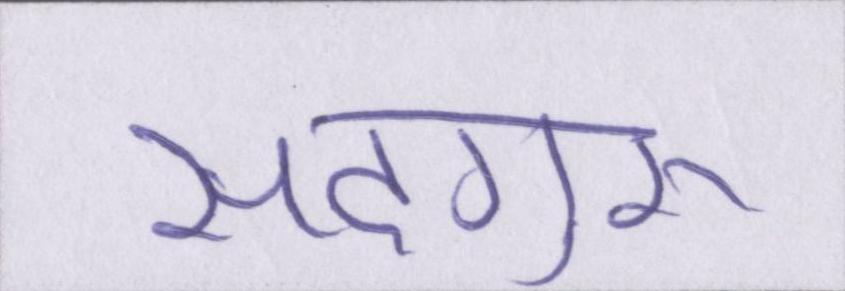
सदगुरू